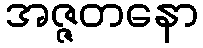
အဇ္ဇတနော